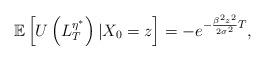
LaTeX: \begin{align*}\mathbb{E}\left[U\left(L_T^{{\eta}^*}\right)|X_0=z\right]=-e^{-\frac{\beta^2z^2}{2\sigma^2}T},\end{align*}